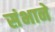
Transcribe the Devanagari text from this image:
संभाने